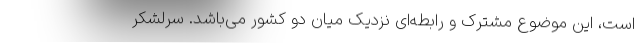
است، این موضوع مشترک و رابطه‌ای نزدیک میان دو کشور می‌باشد. سرلشکر